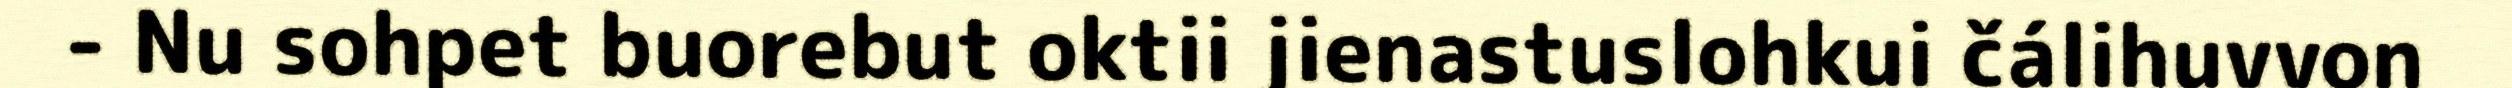
- Nu sohpet buorebut oktii jienastuslohkui čálihuvvon